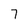
Character: 7